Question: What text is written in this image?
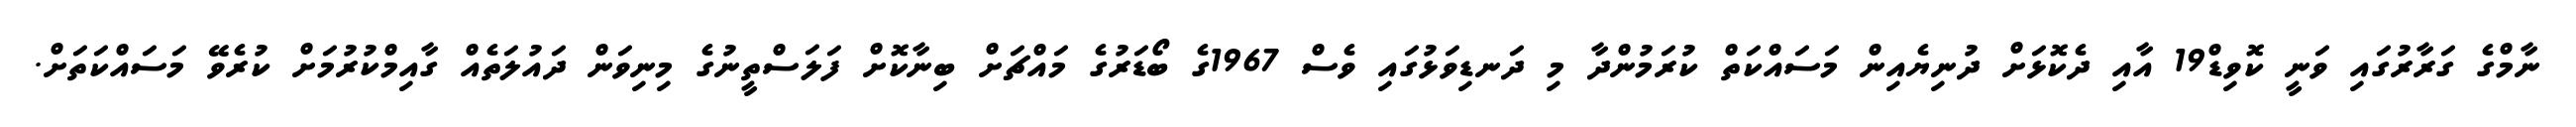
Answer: ނާމްގެ ގަރާރުގައި ވަނީ ކޮވިޑް19 އާއި ދެކޮޅަށް ދުނިޔެއިން މަސައްކަތް ކުރަމުންދާ މި ދަނޑިވަޅުގައި ވެސް 1967ގެ ބޯޑަރުގެ މައްޗަށް ބިނާކޮށް ފަލަސްތީނުގެ މިނިވަން ދައުލަތެއް ގާއިމްކުރުމަށް ކުރެވޭ މަސައްކަތަށް.